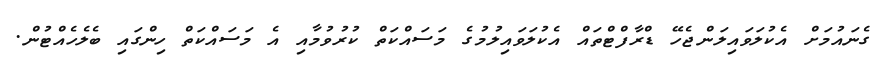
ގެނައުމަށް އެކުލަވައިލަންޖެހޭ ޑްރާފްޓްތައް އެކުލަވައިލުމުގެ މަސައްކަތް ކުރުވުމާއި އެ މަސައްކަތް ހިންގައި ބެލެހެއްޓުން.